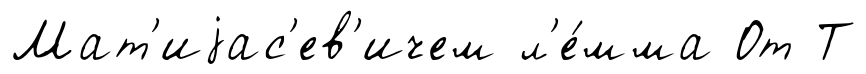
Мат'иjас'ев'ичем л'е́мма От Т